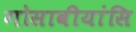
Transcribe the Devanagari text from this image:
गोसावीयांसि